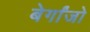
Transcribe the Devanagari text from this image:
बेर्गांजो